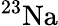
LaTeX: ^{23}\mathrm{{Na}}